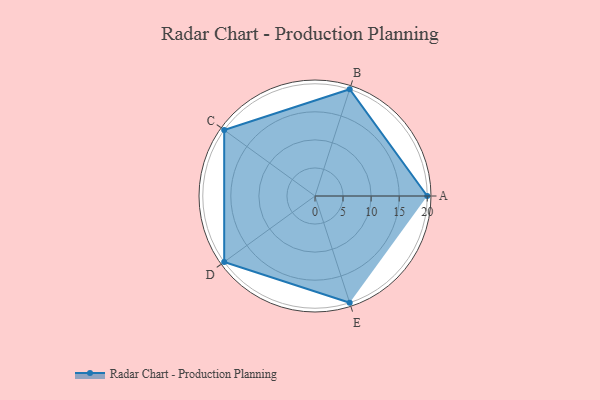
{"axis": {"x": "Skill", "y": "Score"}, "legend": ["Profile"], "data": [{"x": "A", "y": 20, "type": "Profile"}, {"x": "B", "y": 20, "type": "Profile"}, {"x": "C", "y": 20, "type": "Profile"}, {"x": "D", "y": 20, "type": "Profile"}, {"x": "E", "y": 20, "type": "Profile"}]}